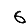
Digit: 6